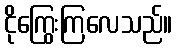
ငိုကြွေးကြလေသည်။